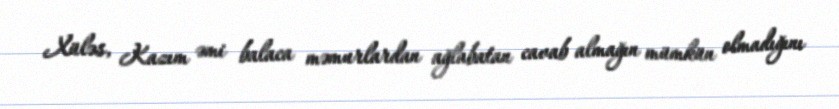
Xüləs, Kazım əmi balaca məmurlardan ağlabatan cavab almağın mümkün olmadığını